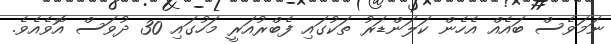
ނަމަވެސް ބައެއް އެހެން ކަލަންޑަރު ތަކުގައި ފެބްރުއަރީ މަހުގައި 30 ދުވަސް އޮވެއެވެ.